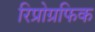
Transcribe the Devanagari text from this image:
रिप्रोग्रफिक